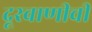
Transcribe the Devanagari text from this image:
दूरवाणीची